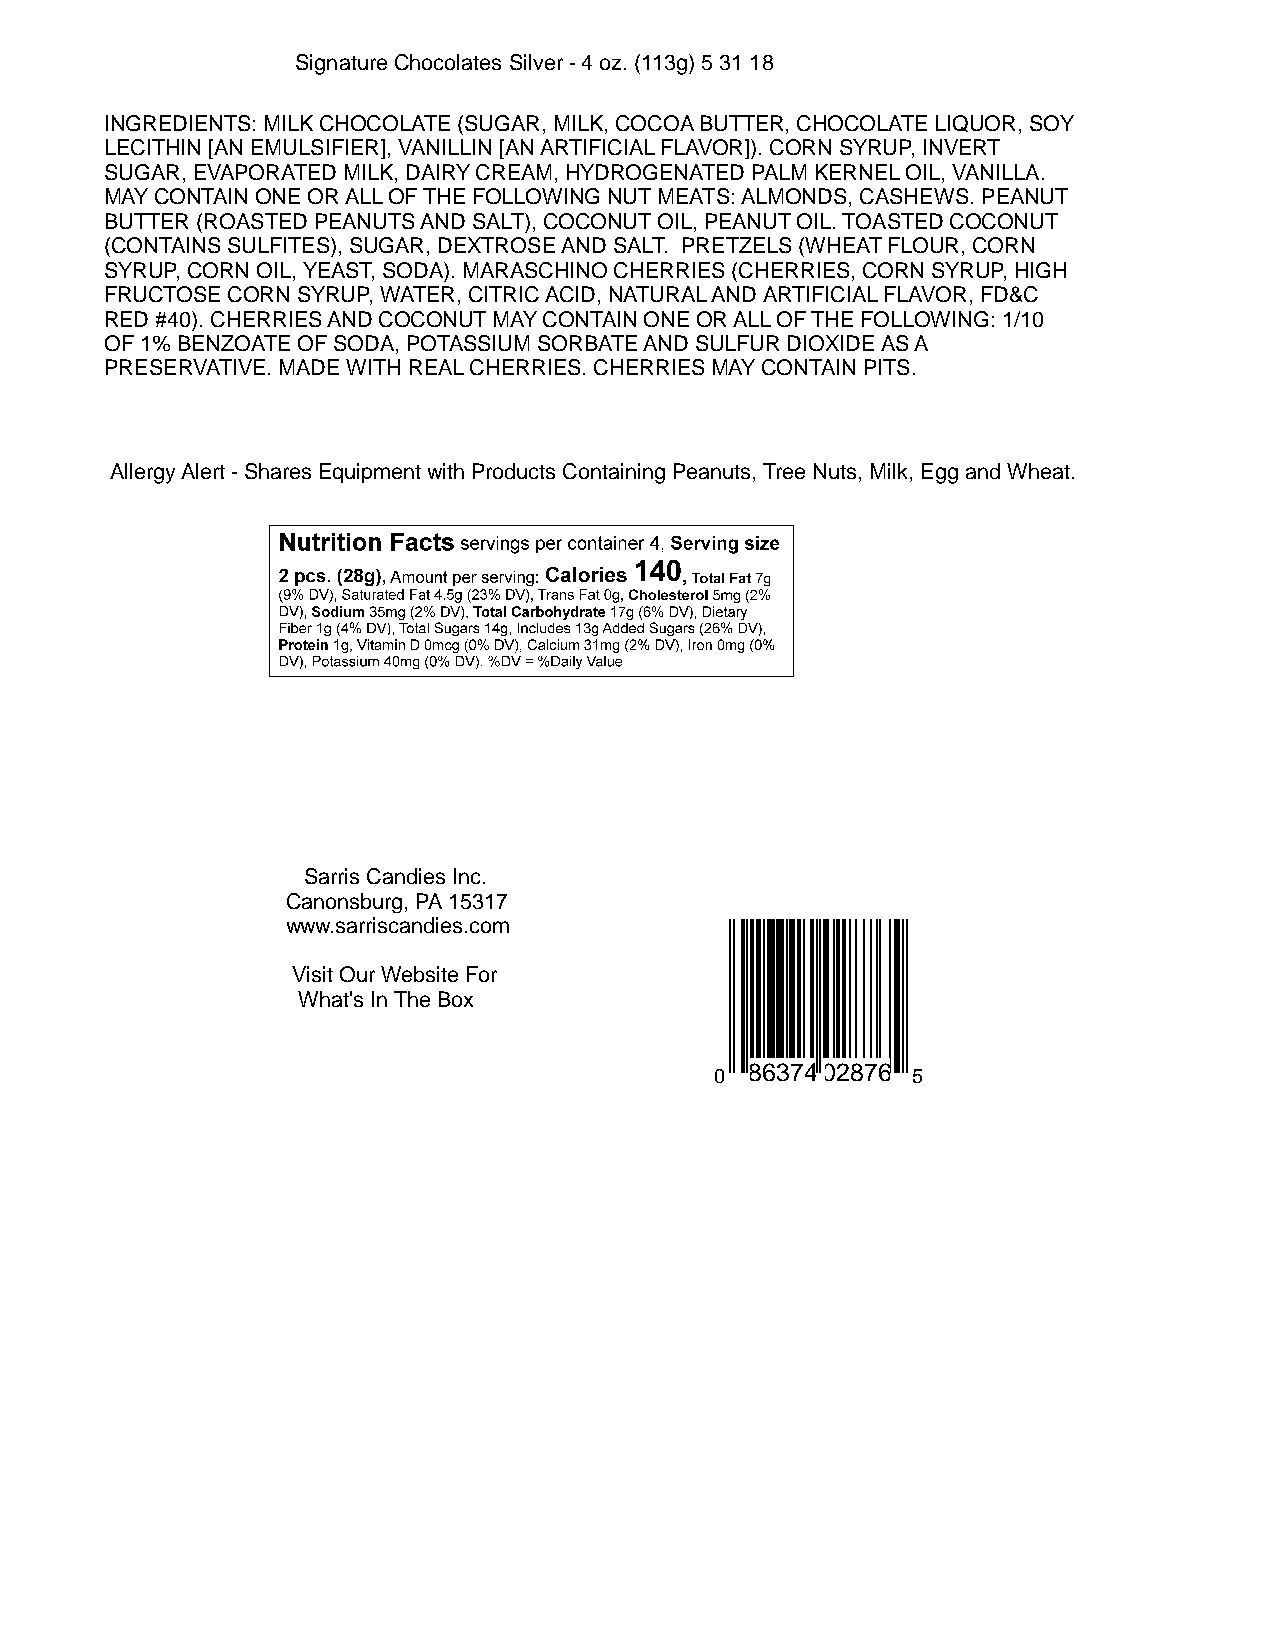
Signature Chocolates Silver - 4 oz. (113g) 5 31 18
 INGREDIENTS: MILK CHOCOLATE (SUGAR, MILK, COCOA BUTTER, CHOCOLATE LIQUOR, SOY
 LECITHIN [AN EMULSIFIER], VANILLIN [AN ARTIFICIAL FLAVOR]). CORN SYRUP, INVERT
 SUGAR, EVAPORATED MILK, DAIRY CREAM, HYDROGENATED PALM KERNEL OIL, VANILLA.
 MAY CONTAIN ONE OR ALL OF THE FOLLOWING NUT MEATS: ALMONDS, CASHEWS. PEANUT
 BUTTER (ROASTED PEANUTS AND SALT), COCONUT OIL, PEANUT OIL. TOASTED COCONUT
 (CONTAINS SULFITES), SUGAR, DEXTROSE AND SALT. PRETZELS (WHEAT FLOUR, CORN
 SYRUP, CORN OIL, YEAST, SODA). MARASCHINO CHERRIES (CHERRIES, CORN SYRUP, HIGH
 FRUCTOSE CORN SYRUP, WATER, CITRIC ACID, NATURAL AND ARTIFICIAL FLAVOR, FD&C
 RED #40). CHERRIES AND COCONUT MAY CONTAIN ONE OR ALL OF THE FOLLOWING: 1/10
 OF 1% BENZOATE OF SODA, POTASSIUM SORBATE AND SULFUR DIOXIDE AS A
 PRESERVATIVE. MADE WITH REAL CHERRIES. CHERRIES MAY CONTAIN PITS.
 Allergy Alert - Shares Equipment with Products Containing Peanuts, Tree Nuts, Milk, Egg and Wheat.
 Sarris Candies Inc.
 Canonsburg, PA 15317
 www.sarriscandies.com
 Visit Our Website For
 What's In The Box
 0  86374 02876 5